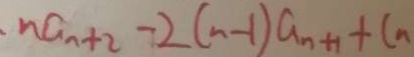
n a _ { n + 2 } - 2 ( n - 1 ) a _ { n + 1 } + C n